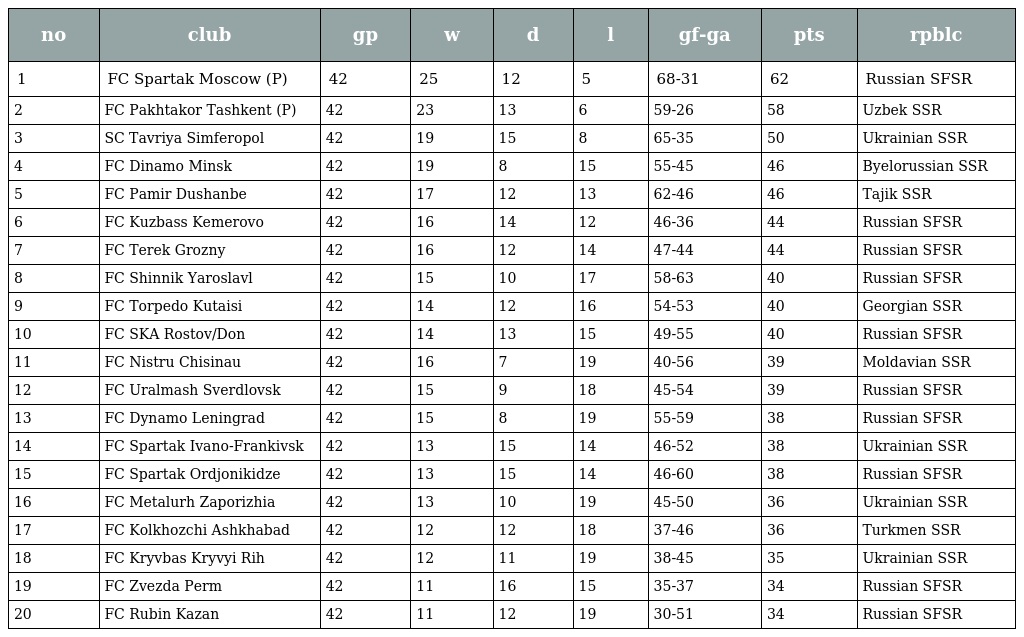
| no | club | gp | w | d | l | gf-ga | pts | rpblc |
 | --- | --- | --- | --- | --- | --- | --- | --- | --- |
 | 1 | FC Spartak Moscow (P) | 42 | 25 | 12 | 5 | 68-31 | 62 | Russian SFSR |
 | 2 | FC Pakhtakor Tashkent (P) | 42 | 23 | 13 | 6 | 59-26 | 58 | Uzbek SSR |
 | 3 | SC Tavriya Simferopol | 42 | 19 | 15 | 8 | 65-35 | 50 | Ukrainian SSR |
 | 4 | FC Dinamo Minsk | 42 | 19 | 8 | 15 | 55-45 | 46 | Byelorussian SSR |
 | 5 | FC Pamir Dushanbe | 42 | 17 | 12 | 13 | 62-46 | 46 | Tajik SSR |
 | 6 | FC Kuzbass Kemerovo | 42 | 16 | 14 | 12 | 46-36 | 44 | Russian SFSR |
 | 7 | FC Terek Grozny | 42 | 16 | 12 | 14 | 47-44 | 44 | Russian SFSR |
 | 8 | FC Shinnik Yaroslavl | 42 | 15 | 10 | 17 | 58-63 | 40 | Russian SFSR |
 | 9 | FC Torpedo Kutaisi | 42 | 14 | 12 | 16 | 54-53 | 40 | Georgian SSR |
 | 10 | FC SKA Rostov/Don | 42 | 14 | 13 | 15 | 49-55 | 40 | Russian SFSR |
 | 11 | FC Nistru Chisinau | 42 | 16 | 7 | 19 | 40-56 | 39 | Moldavian SSR |
 | 12 | FC Uralmash Sverdlovsk | 42 | 15 | 9 | 18 | 45-54 | 39 | Russian SFSR |
 | 13 | FC Dynamo Leningrad | 42 | 15 | 8 | 19 | 55-59 | 38 | Russian SFSR |
 | 14 | FC Spartak Ivano-Frankivsk | 42 | 13 | 15 | 14 | 46-52 | 38 | Ukrainian SSR |
 | 15 | FC Spartak Ordjonikidze | 42 | 13 | 15 | 14 | 46-60 | 38 | Russian SFSR |
 | 16 | FC Metalurh Zaporizhia | 42 | 13 | 10 | 19 | 45-50 | 36 | Ukrainian SSR |
 | 17 | FC Kolkhozchi Ashkhabad | 42 | 12 | 12 | 18 | 37-46 | 36 | Turkmen SSR |
 | 18 | FC Kryvbas Kryvyi Rih | 42 | 12 | 11 | 19 | 38-45 | 35 | Ukrainian SSR |
 | 19 | FC Zvezda Perm | 42 | 11 | 16 | 15 | 35-37 | 34 | Russian SFSR |
 | 20 | FC Rubin Kazan | 42 | 11 | 12 | 19 | 30-51 | 34 | Russian SFSR |